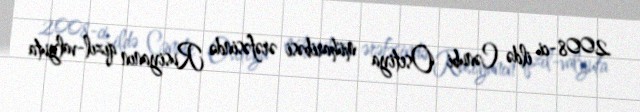
2008-ci ildə Cənubi Osetiya müharibəsi ərəfəsində Rusiyanın qızıl-valyuta